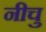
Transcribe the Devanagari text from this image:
नीचु